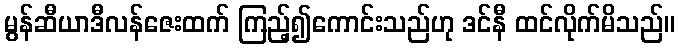
မွန်ဆီယာဒီလန်ဇေးထက် ကြည့်၍ကောင်းသည်ဟု ဒင်နီ ထင်လိုက်မိသည်။